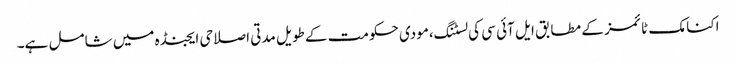
اکنامک ٹائمز کے مطابق ایل آئی سی کی لسٹنگ،مودی حکومت کے طویل مدتی اصلاحی ایجنڈہ میں شامل ہے۔